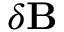
\delta \mathbf { B }